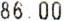
86.00